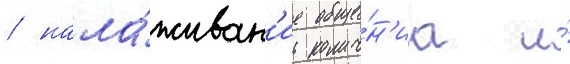
/ нала́живан'ие обще́н'иа и́